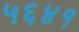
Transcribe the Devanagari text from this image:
५६४१